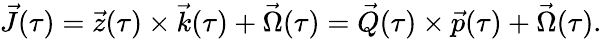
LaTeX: \vec{J}(\tau)=\vec{z}(\tau)\times\vec{k}(\tau)+\vec{\Omega}(\tau)=\vec{Q}(\tau)\times\vec{p}(\tau)+\vec{\Omega}(\tau).